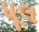
ધૂલ